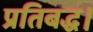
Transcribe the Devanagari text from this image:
प्रतिबद्ध।